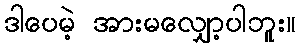
ဒါပေမဲ့ အားမလျှော့ပါဘူး။